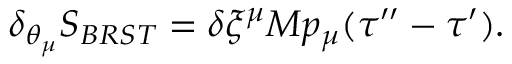
\delta _ { \theta _ { \mu } } { S _ { B R S T } } = \delta \xi ^ { \mu } M p _ { \mu } ( \tau ^ { \prime \prime } - \tau ^ { \prime } ) .